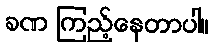
ခဏ ကြည့်နေတာပါ။